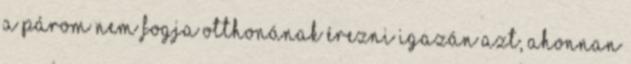
a párom nem fogja otthonának érezni igazán azt, ahonnan